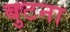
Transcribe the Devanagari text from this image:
बुटना